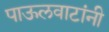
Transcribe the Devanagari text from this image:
पाऊलवाटांनी